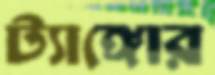
ট্যাঙ্গোর